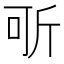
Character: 㪼